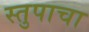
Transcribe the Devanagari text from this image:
स्तुपाचा